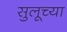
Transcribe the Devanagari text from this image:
सुलूच्या